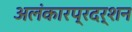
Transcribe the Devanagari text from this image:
अलंकारप्रदर्शन